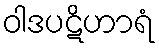
ဝါဒပဋိဟာရံ